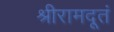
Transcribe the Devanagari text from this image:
श्रीरामदूतं